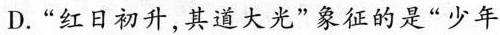
D.”红日初升，其道大光”象征的是”少年